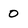
Character: 0